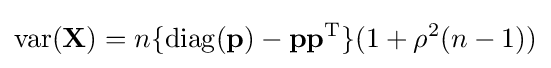
\operatorname {var} (\mathbf {X} )=n\lbrace \operatorname {diag} (\mathbf {p} )-\mathbf {p} \mathbf {p} ^{\rm {T}}\rbrace (1+\rho ^{2}(n-1))